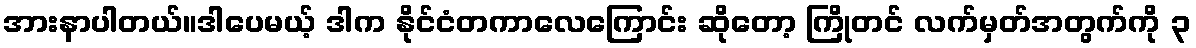
အားနာပါတယ်။ဒါပေမယ့် ဒါက နိုင်ငံတကာလေကြောင်း ဆိုတော့ ကြိုတင် လက်မှတ်အတွက်ကို ၃